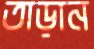
তাড়ান